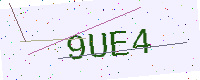
Text: 9UE4